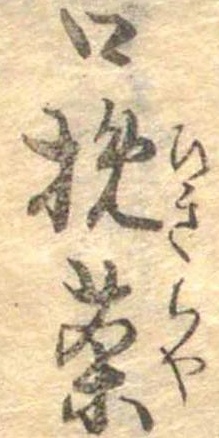
口挽茶